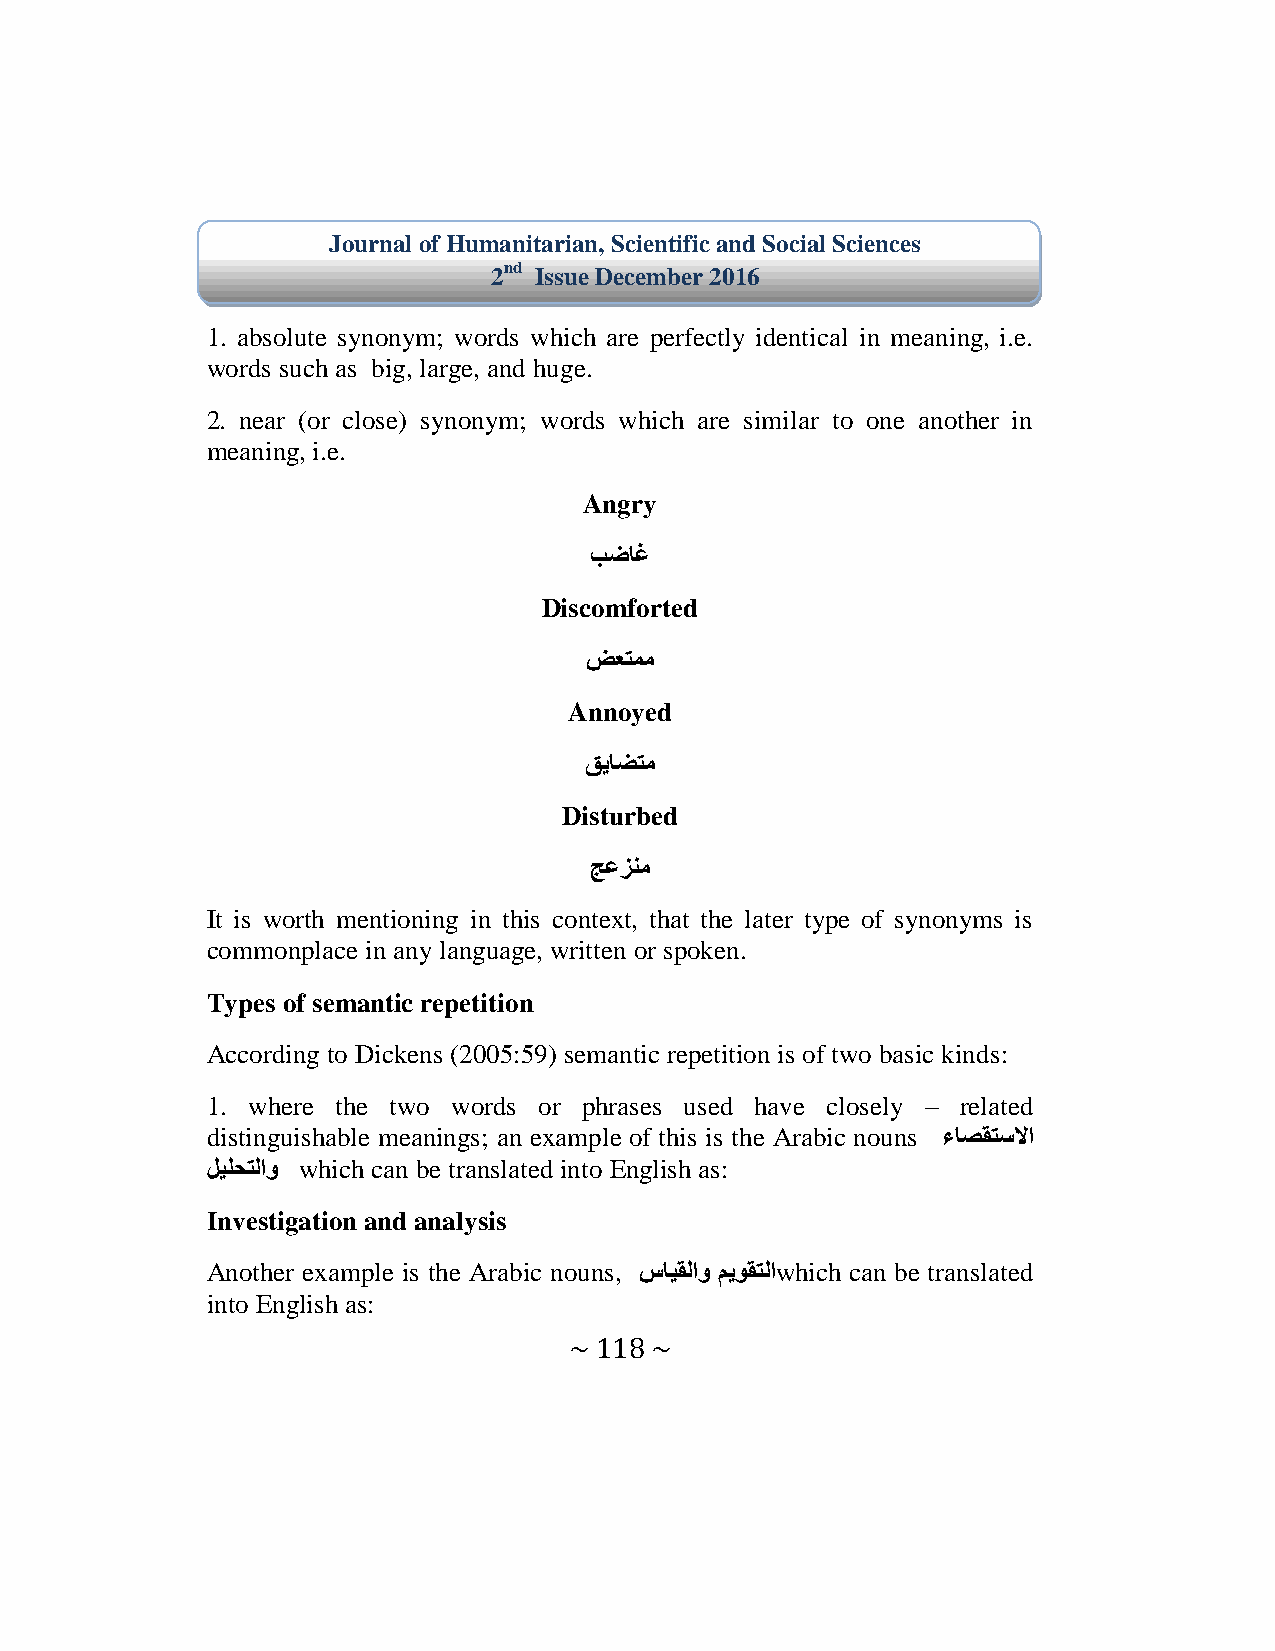
Journal of Humanitarian, Scientific and Social Sciences
 2nd Issue December 2016
 1. absolute synonym; words which are perfectly identical in meaning, i.e.
 words such as big, large, and huge.
 2. near (or close) synonym; words which are similar to one another in
 meaning, i.e.
 Angry
 بضاغ
 Discomforted
 ضعتمم
 Annoyed
 قياضتم
 Disturbed
 جعزنم
 It is worth mentioning in this context, that the later type of synonyms is
 commonplace in any language, written or spoken.
 Types of semantic repetition
 According to Dickens (2005:59) semantic repetition is of two basic kinds:
 1. where the two words or phrases used have closely – related
 distinguishable meanings; an example of this is the Arabic nouns ءاصقتسلاا
 ليلحتلاو which can be translated into English as:
 Investigation and analysis
 Another example is the Arabic nouns, سايقلاو ميوقتلاwhich can be translated
 into English as:
 ~ 118 ~